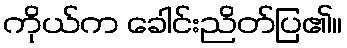
ကိုယ်က ခေါင်းညိတ်ပြ၏။